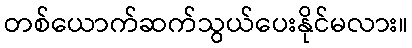
တစ်ယောက်ဆက်သွယ်ပေးနိုင်မလား။